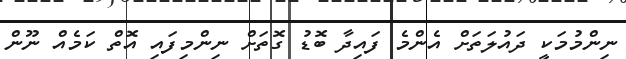
ނިންމުމަކީ ދައުލަތަށް އެންމެ ފައިދާ ބޮޑު ގޮތަށް ނިންމިފައި އޮތް ކަމެއް ނޫން